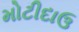
મોટીદાઉ